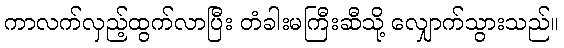
ကာလက်လှည့်ထွက်လာပြီး တံခါးမကြီးဆီသို့ လျှောက်သွားသည်။